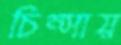
চিম্‌সায়